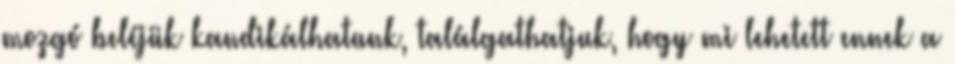
mozgó beléjük kandikálhatunk, találgathatjuk, hogy mi lehetett ennek a